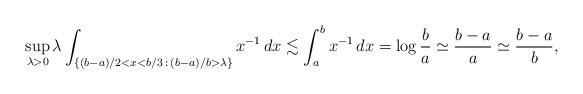
LaTeX: \begin{align*} \sup_{\lambda > 0} \lambda \int_{\{ (b-a)/2 < x < b/3 \,:\, (b-a)/b > \lambda\}}x^{-1} \, dx\lesssim\int_a^b x^{-1} \, dx=\log \frac{b}a \simeq \frac{b-a}a \simeq \frac{b-a}b,\end{align*}